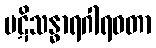
ပဋိသန္ဓာရဂါရဝတာ